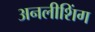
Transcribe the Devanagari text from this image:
अनलीशिंग